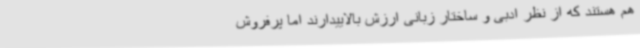
هم هستند که از نظر ادبی و ساختار زبانی ارزش بالاییدارند اما پرفروش